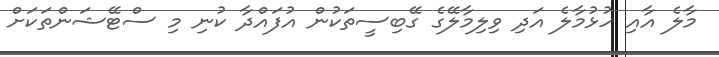
މާލެ އާއި ހުޅުމާލެ އަދި ވިލިމާލޭގެ ގޭބިސީތަކުން އުފައްދާ ކުނި މި ސްޓޭޝަންތަކަށް